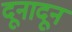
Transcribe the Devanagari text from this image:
दूनादून